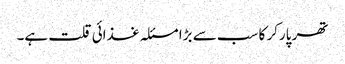
تھر پارکر کا سب سے بڑا مسئلہ غذائی قلت ہے۔